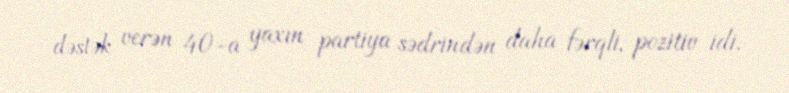
dəstək verən 40-a yaxın partiya sədrindən daha fərqli, pozitiv idi.